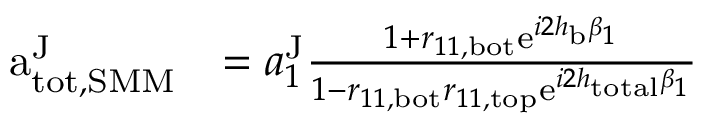
\begin{array} { r l } { \mathrm { a } _ { \mathrm { t o t , S M M } } ^ { \mathrm { J } } } & { = a _ { 1 } ^ { \mathrm { J } } \frac { 1 + r _ { 1 1 , \mathrm { b o t } } \mathrm { e } ^ { i 2 h _ { \mathrm { b } } \beta _ { 1 } } } { 1 - r _ { 1 1 , \mathrm { b o t } } r _ { 1 1 , \mathrm { t o p } } \mathrm { e } ^ { i 2 h _ { \mathrm { t o t a l } } \beta _ { 1 } } } } \end{array}